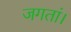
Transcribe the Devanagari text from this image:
जगतां।